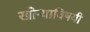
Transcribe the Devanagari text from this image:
खोर्‍याविषयी